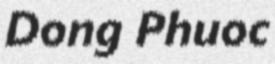
Dong Phuoc